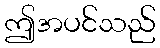
ဤအပင်သည်